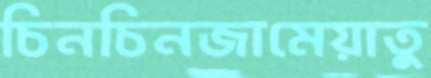
চিনচিনজামেয়াতু